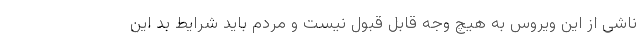
ناشی از این ویروس به هیچ وجه قابل قبول نیست و مردم باید شرایط بد این